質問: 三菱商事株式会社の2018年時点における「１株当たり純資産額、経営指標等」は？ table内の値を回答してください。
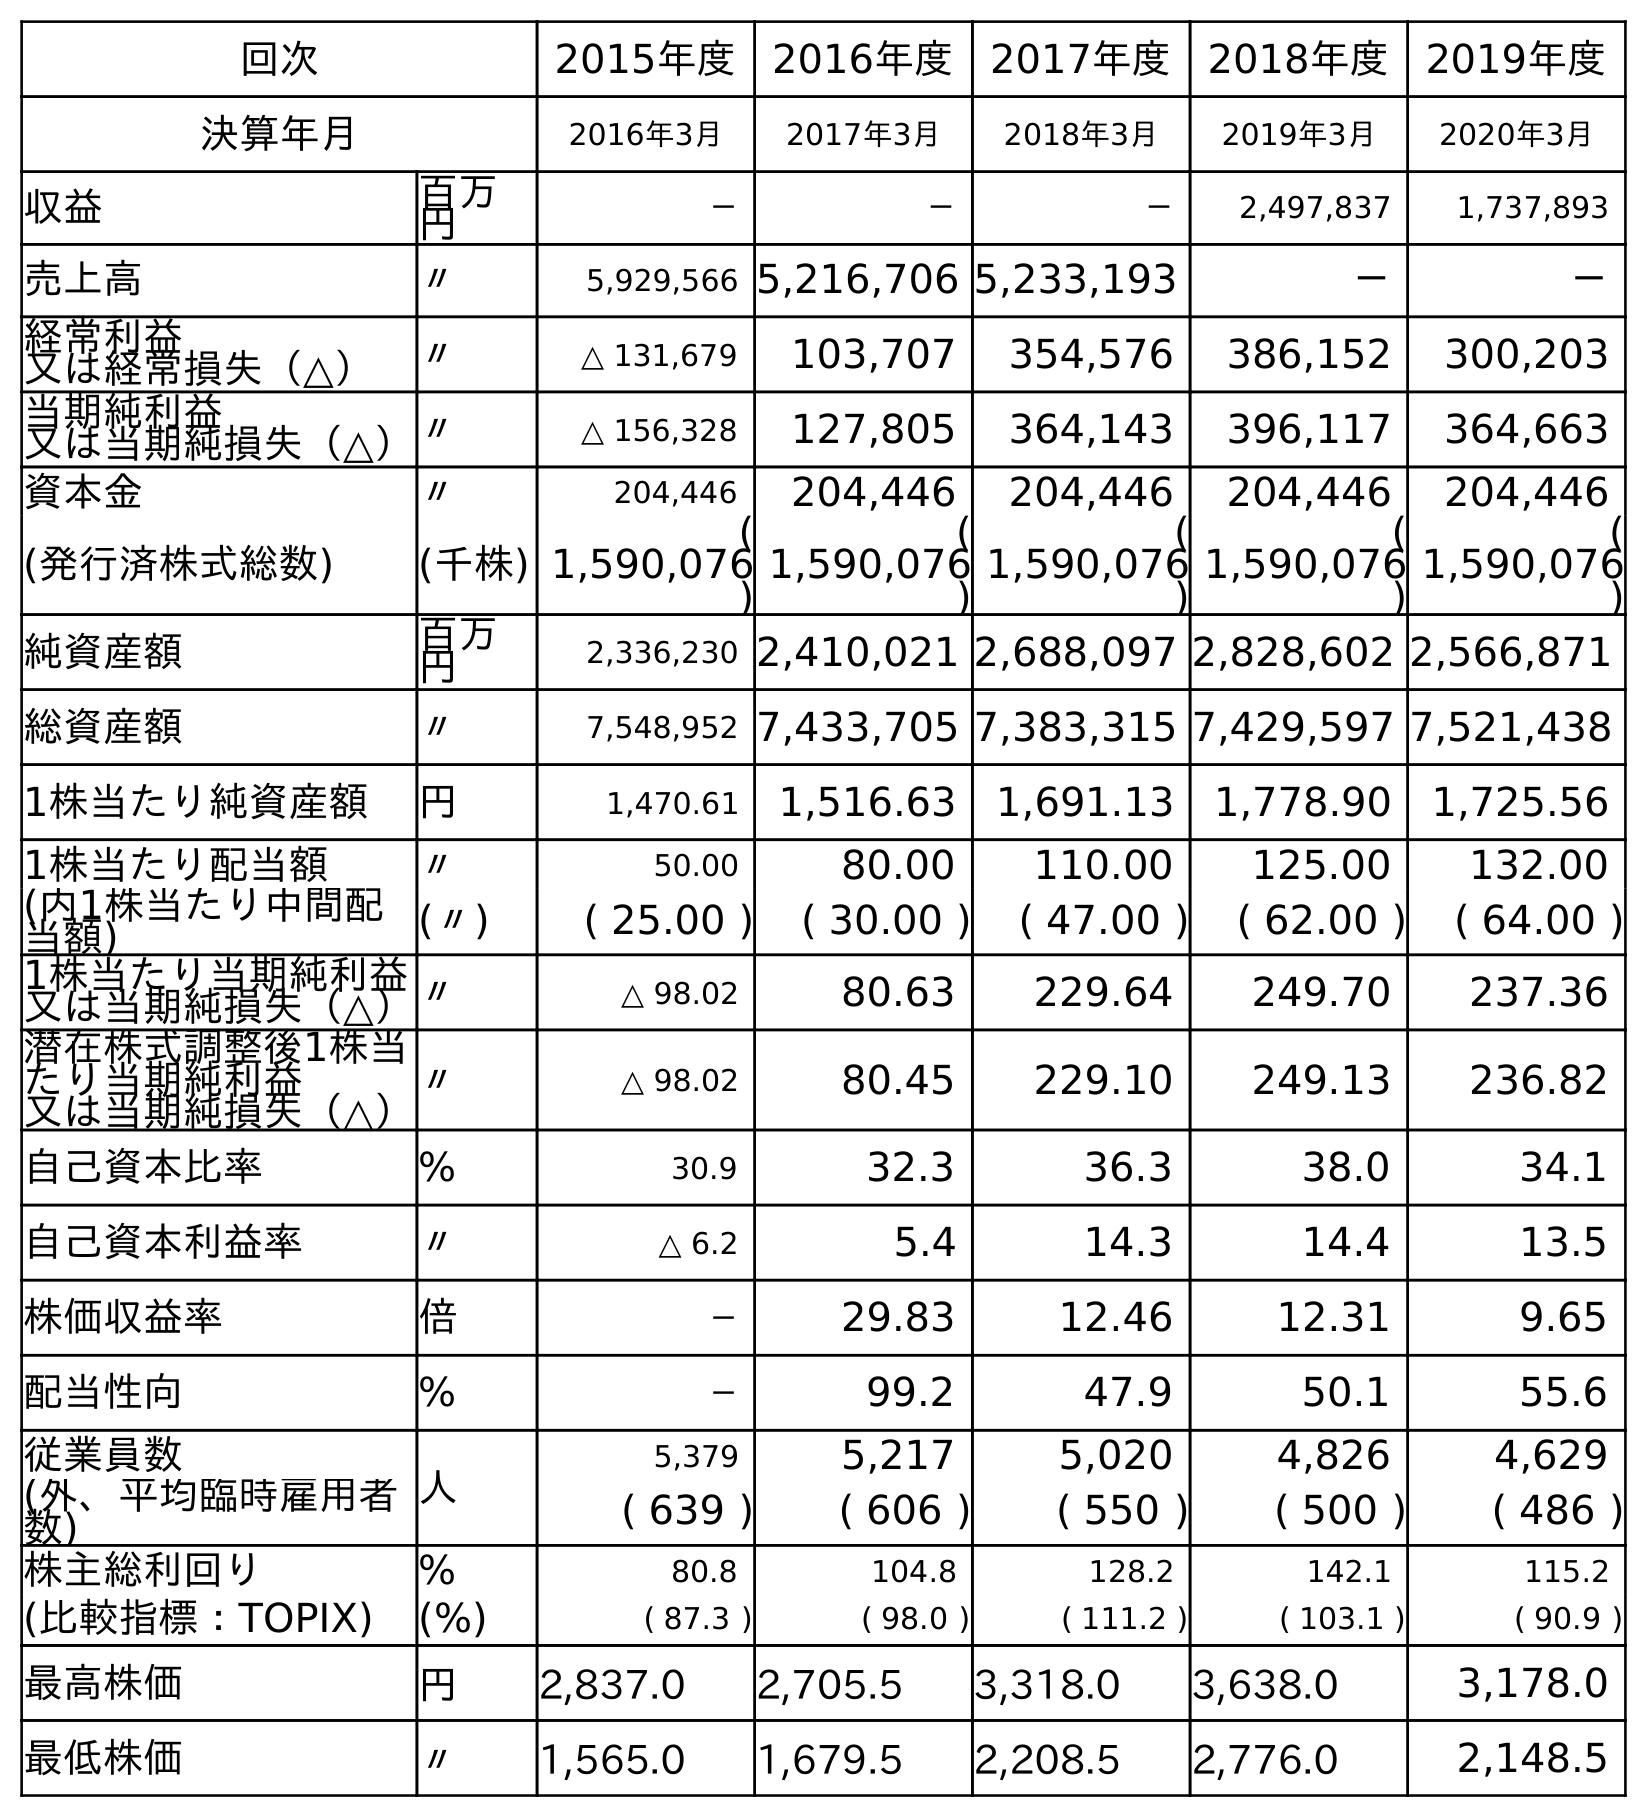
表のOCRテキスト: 回次 2015年度 2016年度 2017年度 2018年度 2019年度 決算年月 2016年3月 2017年3月 2018年3月 2019年3月 2020年3月 収益 百万 円 － － － 2,497,837 1,737,893 売上高 〃 5,929,566 5,216,706 5,233,193 － － 経常利益 又は経常損失（△） 〃 △ 131,679 103,707 354,576 386,152 300,203 当期純利益 又は当期純損失（△）〃 △ 156,328 127,805 364,143 396,117 364,663 資本金 〃 204,446 204,446 204,446 204,446 204,446 (発行済株式総数) (千株) ( 1,590,076 ) ( 1,590,076 ) ( 1,590,076 ) ( 1,590,076 ) ( 1,590,076 ) 純資産額 百万 円 2,336,230 2,410,021 2,688,097 2,828,602 2,566,871 総資産額 〃 7,548,952 7,433,705 7,383,315 7,429,597 7,521,438 1株当たり純資産額 円 1,470.61 1,516.63 1,691.13 1,778.90 1,725.56 1株当たり配当額 〃 50.00 80.00 110.00 125.00 132.00 (内1株当たり中間配 当額) (〃) ( 25.00 ) ( 30.00 ) ( 47.00 ) ( 62.00 ) ( 64.00 ) 1株当たり当期純利益 又は当期純損失（△）〃 △ 98.02 80.63 229.64 249.70 237.36 潜在株式調整後1株当 たり当期純利益 又は当期純損失（△） 〃 △ 98.02 80.45 229.10 249.13 236.82 自己資本比率 % 30.9 32.3 36.3 38.0 34.1 自己資本利益率 〃 △ 6.2 5.4 14.3 14.4 13.5 株価収益率 倍 － 29.83 12.46 12.31 9.65 配当性向 % － 99.2 47.9 50.1 55.6 従業員数 人 5,379 5,217 5,020 4,826 4,629 (外、平均臨時雇用者 数) ( 639 ) ( 606 ) ( 550 ) ( 500 ) ( 486 ) 株主総利回り % 80.8 104.8 128.2 142.1 115.2 (比較指標：TOPIX) (%) ( 87.3 ) ( 98.0 ) ( 111.2 ) ( 103.1 ) ( 90.9 ) 最高株価 円 2,837.0 2,705.5 3,318.0 3,638.0 3,178.0 最低株価 〃 1,565.0 1,679.5 2,208.5 2,776.0 2,148.5
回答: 1,691.13